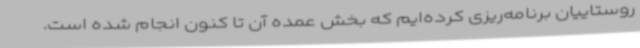
روستاییان برنامه‌ریزی کرده‌ایم که بخش عمده آن تا کنون انجام شده است.